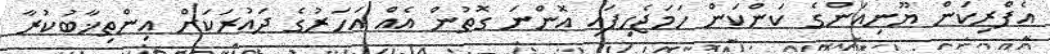
އެފްރިކަން ޔޫނިއަންގެ ކަންކަން ހަމަޖެހިފައި އޮންނަ ގޮތުން އެއް އަހަރުގެ ދައުރަކަށް އިންތިޚާބުކުރާ